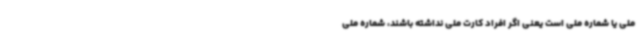
ملی یا شماره ملی است یعنی اگر افراد کارت ملی نداشته باشند، شماره ملی